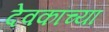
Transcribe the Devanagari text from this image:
देवकांच्या